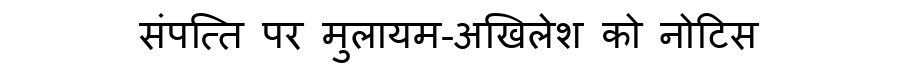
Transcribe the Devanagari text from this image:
संपत्ति पर मुलायम-अखिलेश को नोटिस